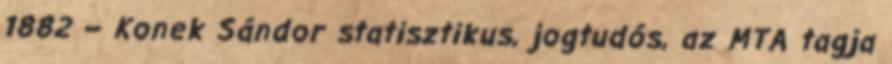
1882 – Konek Sándor statisztikus, jogtudós, az MTA tagja